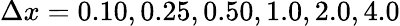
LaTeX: \Delta x=0.10,0.25,0.50,1.0,2.0,4.0